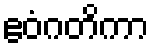
ဧဝံဂတိကာ